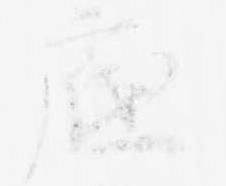
底